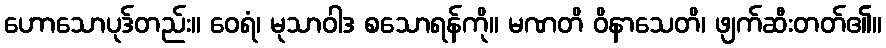
ဟောသောပုဒ်တည်း။ ဝေရံ၊ မုသာဝါဒ စသောရန်ကို။ မဏတိ ဝိနာသေတိ၊ ဖျက်ဆီးတတ်၏။